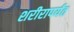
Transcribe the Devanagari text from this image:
शरीरापर्यंत